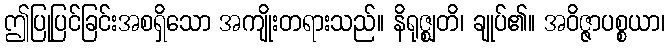
ဤပြုပြင်ခြင်းအစရှိသော အကျိုးတရားသည်။ နိရုဇ္ဈတိ၊ ချုပ်၏။ အဝိဇ္ဇာပစ္စယာ၊